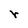
Character: r